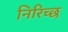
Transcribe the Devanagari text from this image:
निरिच्छ